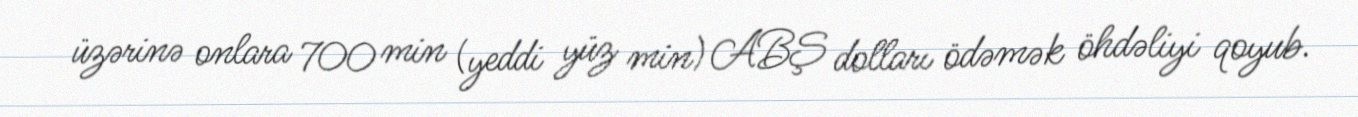
üzərinə onlara 700 min (yeddi yüz min) ABŞ dolları ödəmək öhdəliyi qoyub.